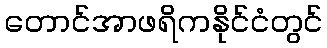
တောင်အာဖရိကနိုင်ငံတွင်